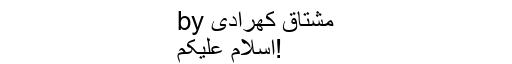
by مشتاق کھرادی
اسلام علیکم!